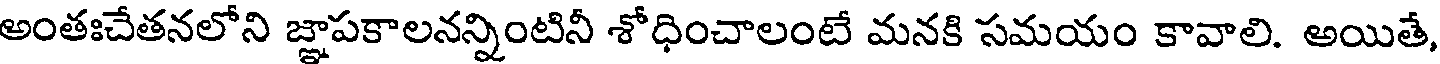
అంతఃచేతనలోని జ్ఞాపకాలనన్నింటినీ శోధించాలంటే మనకి సమయం కావాలి. అయితే,